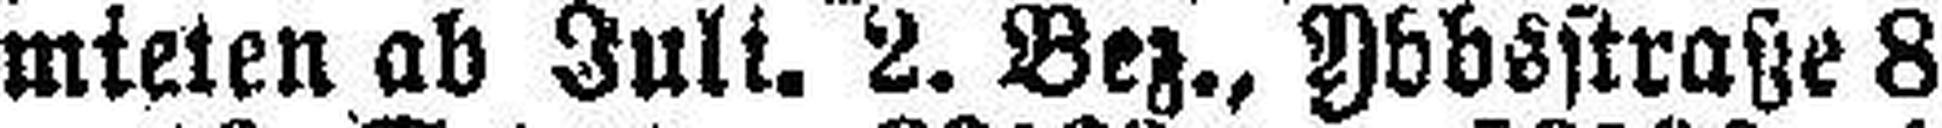
mieten ab Juli. 2. Bez., Ybbsstraße 8